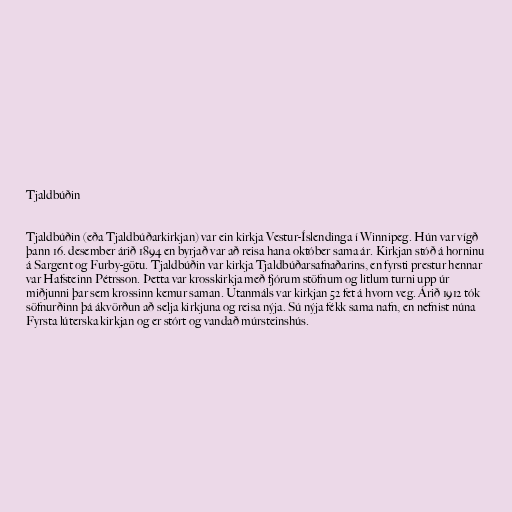
Tjaldbúðin

Tjaldbúðin (eða Tjaldbúðarkirkjan) var ein kirkja Vestur-Íslendinga í Winnipeg. Hún var vígð
þann 16. desember árið 1894 en byrjað var að reisa hana október sama ár. Kirkjan stóð á horninu
á Sargent og Furby-götu. Tjaldbúðin var kirkja Tjaldbúðarsafnaðarins, en fyrsti prestur hennar
var Hafsteinn Pétrsson. Þetta var krosskirkja með fjórum stöfnum og litlum turni upp úr
miðjunni þar sem krossinn kemur saman. Utanmáls var kirkjan 52 fet á hvorn veg. Árið 1912 tók
söfnurðinn þá ákvörðun að selja kirkjuna og reisa nýja. Sú nýja fékk sama nafn, en nefnist núna
Fyrsta lúterska kirkjan og er stórt og vandað múrsteinshús.